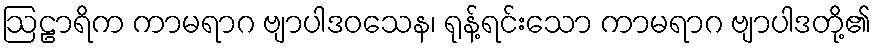
ဩဠာရိက ကာမရာဂ ဗျာပါဒဝသေန၊ ရုန့်ရင်းသော ကာမရာဂ ဗျာပါဒတို့၏